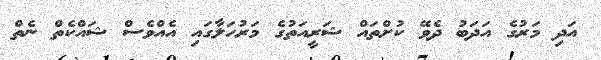
އަދި މަރުގެ އަދަބު ދެވޭ ކުށްތައް ޝަރީއަތުގެ މަރުހަލާގައި އެއްވެސް ޝައްކެތް ނެތް